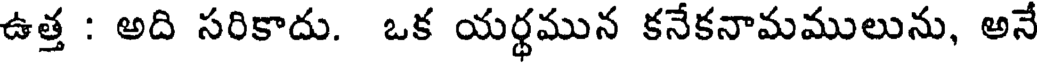
ఉత్త : అది సరికాదు. ఒక యర్థమున కనేకనామములును, అనే